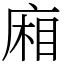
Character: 廂